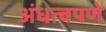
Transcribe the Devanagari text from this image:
अंधत्वपणे